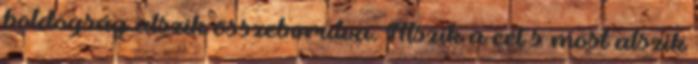
boldogság alszik összeborulva. Alszik a cél s most alszik